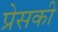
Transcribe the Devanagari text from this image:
प्रेसकी